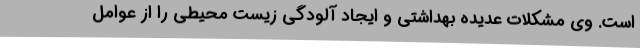
است. وی مشکلات عدیده بهداشتی و ایجاد آلودگی زیست محیطی را از عوامل